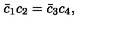
\bar { c } _ { 1 } c _ { 2 } = \bar { c } _ { 3 } c _ { 4 } ,